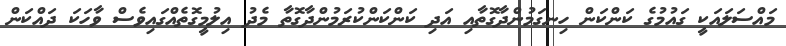
މައްސަލައަކީ ގައުމުގެ ކަންކަން ހިނގަމުންދާގޮތާއި އަދި ކަންކަންކުރަމުންދާގޮތާ މެދު އިލުމީގޮތެއްގައިވެސް ވާހަކަ ދައްކަން